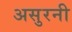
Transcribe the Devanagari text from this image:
असुरनी